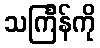
သင်္ကြန်ကို